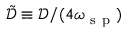
\tilde { \mathcal { D } } \equiv \mathcal { D } / ( 4 \omega _ { \mathrm { ~ s ~ p ~ } } )